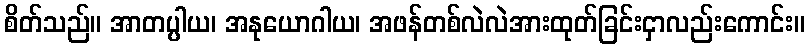
စိတ်သည်။ အာတပ္ပါယ၊ အနုယောဂါယ၊ အဖန်တစ်လဲလဲအားထုတ်ခြင်းငှာလည်းကောင်း။